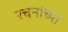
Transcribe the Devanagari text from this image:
रचनांच्या